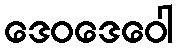
ဒေဝဒေဝေါ